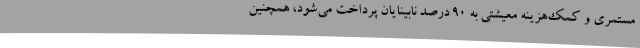
مستمری و کمک‌هزینه معیشتی به 90 درصد نابینایان پرداخت می‌شود، همچنین